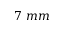
7 ~ m m